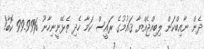
ދެން ނާއިބްކަން ލިިބިއްޖެއްޔާ ޤައުމުގެ ރައީސް ކަމާ ހެދި ތެޅޭނީނިހާނޫ %99.99 ކޮބާ!